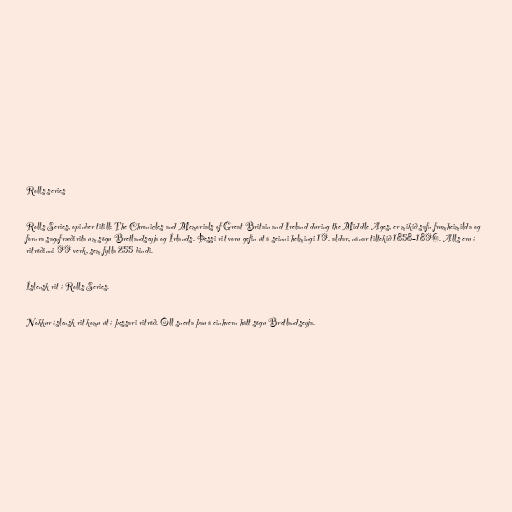
Rolls series

Rolls Series, opinber titill: The Chronicles and Memorials of Great Britain and Ireland during the Middle Ages, er mikið safn frumheimilda og
fornra sagnfræðirita um sögu Bretlandseyja og Írlands. Þessi rit voru gefin út á seinni helmingi 19. aldar, nánar tiltekið 1858–1896. Alls eru í
ritröðinni 99 verk, sem fylla 255 bindi.

Íslensk rit í Rolls Series.

Nokkur íslensk rit komu út í þessari ritröð. Öll snerta þau á einhvern hátt sögu Bretlandseyja.